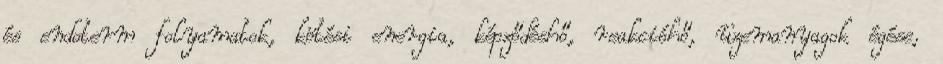
és endoterm folyamatok, kötési energia, képződéshő, reakcióhő, üzemanyagok égése,